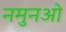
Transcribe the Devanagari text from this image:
नमुनओ